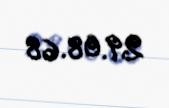
29.08.68